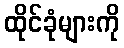
ထိုင်ခုံများကို